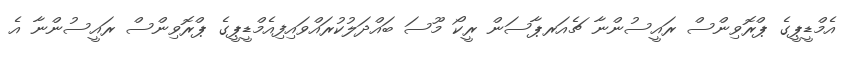
އެމްޑީޕީގެ ޕްރޮވިންސް ރައީސުންނާ ޗެއަރޕާސަން ރީކޯ މޫސަ ބައްދަލުކުރައްވައިފިއެމްޑީޕީގެ ޕްރޮވިންސް ރައީސުންނާ އެ